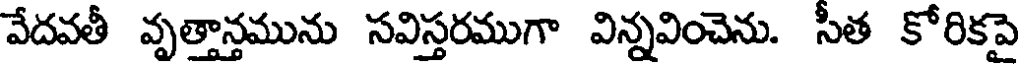
వేదవతీ వృత్తాన్తమును సవిస్తరముగా విన్నవించెను. సీత కోరికపై